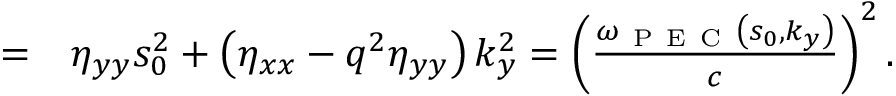
\begin{array} { r l } { = } & { { } \eta _ { y y } s _ { 0 } ^ { 2 } + \left( \eta _ { x x } - q ^ { 2 } \eta _ { y y } \right) k _ { y } ^ { 2 } = \left( \frac { \omega _ { \mathrm { ~ P ~ E ~ C ~ } } \left( s _ { 0 } , k _ { y } \right) } { c } \right) ^ { 2 } . } \end{array}